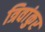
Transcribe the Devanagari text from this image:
त्रिवांकुर